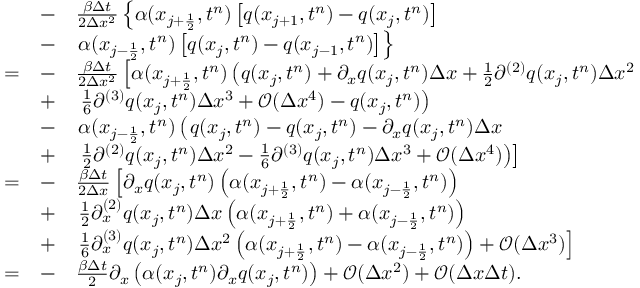
\begin{array} { r l r l } & { } & { - } & { \frac { \beta \Delta t } { 2 \Delta x ^ { 2 } } \left\lbrace \alpha ( x _ { j + \frac { 1 } { 2 } } , t ^ { n } ) \left[ q ( x _ { j + 1 } , t ^ { n } ) - q ( x _ { j } , t ^ { n } ) \right] \right. } \\ & { } & { - } & { \left. \alpha ( x _ { j - \frac { 1 } { 2 } } , t ^ { n } ) \left[ q ( x _ { j } , t ^ { n } ) - q ( x _ { j - 1 } , t ^ { n } ) \right] \right\rbrace } \\ & { = } & { - } & { \frac { \beta \Delta t } { 2 \Delta x ^ { 2 } } \left[ \alpha ( x _ { j + \frac { 1 } { 2 } } , t ^ { n } ) \left( q ( x _ { j } , t ^ { n } ) + \partial _ { x } q ( x _ { j } , t ^ { n } ) \Delta x + \frac { 1 } { 2 } \partial ^ { ( 2 ) } q ( x _ { j } , t ^ { n } ) \Delta x ^ { 2 } \right. \right. } \\ & { } & { + } & { \left. \left. \frac { 1 } { 6 } \partial ^ { ( 3 ) } q ( x _ { j } , t ^ { n } ) \Delta x ^ { 3 } + \mathcal { O } ( \Delta x ^ { 4 } ) - q ( x _ { j } , t ^ { n } ) \right) \right. } \\ & { } & { - } & { \left. \alpha ( x _ { j - \frac { 1 } { 2 } } , t ^ { n } ) \left( \phantom { \frac { b } { b } } \! \! \! q ( x _ { j } , t ^ { n } ) - q ( x _ { j } , t ^ { n } ) - \partial _ { x } q ( x _ { j } , t ^ { n } ) \Delta x \right. \right. } \\ & { } & { + } & { \left. \left. \frac { 1 } { 2 } \partial ^ { ( 2 ) } q ( x _ { j } , t ^ { n } ) \Delta x ^ { 2 } - \frac { 1 } { 6 } \partial ^ { ( 3 ) } q ( x _ { j } , t ^ { n } ) \Delta x ^ { 3 } + \mathcal { O } ( \Delta x ^ { 4 } ) \right) \right] } \\ & { = } & { - } & { \frac { \beta \Delta t } { 2 \Delta x } \left[ \partial _ { x } q ( x _ { j } , t ^ { n } ) \left( \alpha ( x _ { j + \frac { 1 } { 2 } } , t ^ { n } ) - \alpha ( x _ { j - \frac { 1 } { 2 } } , t ^ { n } ) \right) \right. } \\ & { } & { + } & { \left. \frac { 1 } { 2 } \partial _ { x } ^ { ( 2 ) } q ( x _ { j } , t ^ { n } ) \Delta x \left( \alpha ( x _ { j + \frac { 1 } { 2 } } , t ^ { n } ) + \alpha ( x _ { j - \frac { 1 } { 2 } } , t ^ { n } ) \right) \right. } \\ & { } & { + } & { \left. \frac { 1 } { 6 } \partial _ { x } ^ { ( 3 ) } q ( x _ { j } , t ^ { n } ) \Delta x ^ { 2 } \left( \alpha ( x _ { j + \frac { 1 } { 2 } } , t ^ { n } ) - \alpha ( x _ { j - \frac { 1 } { 2 } } , t ^ { n } ) \right) + \mathcal { O } ( \Delta x ^ { 3 } ) \right] } \\ & { = } & { - } & { \frac { \beta \Delta t } { 2 } \partial _ { x } \left( \alpha ( x _ { j } , t ^ { n } ) \partial _ { x } q ( x _ { j } , t ^ { n } ) \right) + \mathcal { O } ( \Delta x ^ { 2 } ) + \mathcal { O } ( \Delta x \Delta t ) . } \end{array}